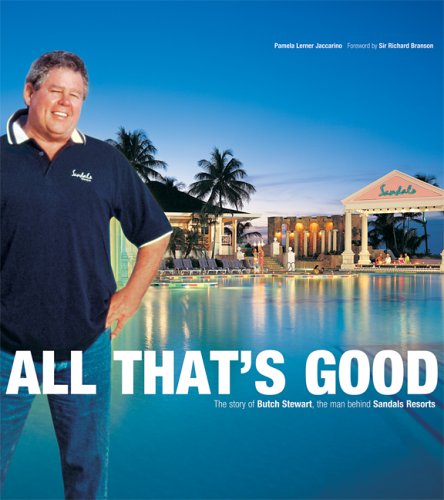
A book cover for All That's Good: The Story of Butch Stewart, the Man Behind Sandals Resorts (Corporate); Pamela Lerner Jaccarino; Travel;